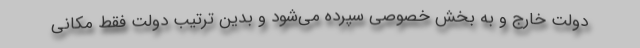
دولت خارج و به بخش خصوصی سپرده می‌شود و بدین ترتیب دولت فقط مکانی